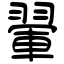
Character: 翬